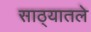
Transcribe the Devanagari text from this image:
साठ्यातले